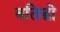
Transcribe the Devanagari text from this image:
बतिडो